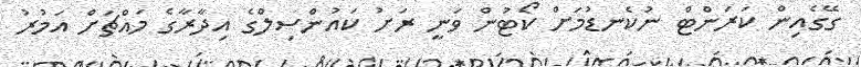
ގޭގެއިން ކަރަންޓް ނުކެނޑުމަށް ކޯޓުން ވަނީ ރަށު ކައުންސިލްގެ އިދާރާގެ މައްޗަށް އަމުރު